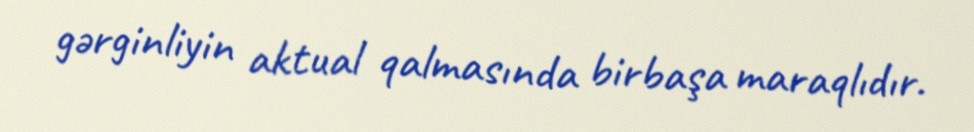
gərginliyin aktual qalmasında birbaşa maraqlıdır.